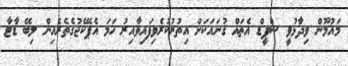
މައުމޫން ވިދާޅުވީ ސްޕީޑް އެތައް ގުނައަކަށް އިތުރުކުރެވިފައިވާއިރު ހަމަ އެޕެކޭޖުގެތެރެއިން ލިބޭ ޑާޓާ